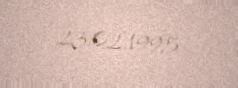
23.02.1995